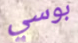
بوسي